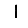
Digit: 1